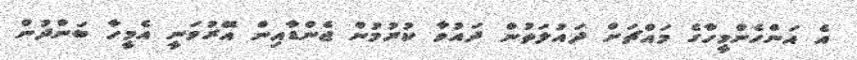
އެ އަންހެންމީހާގެ މައްޗަށް ދައުލަތުން ދައުވާ ކުރުމުން ޖެންޑާއިން އޭރުވަނީ އެމީހާ ބަންދުން